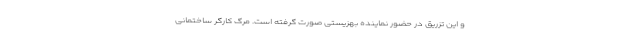
و این تزریق در حضور نماینده بهزیستی صورت گرفته است. مرگ کارگر ساختمانی